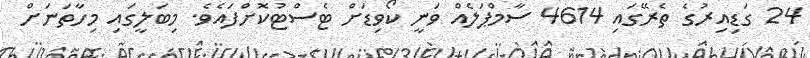
24 ގަޑިއިރުގެ ތެރޭގައި 4614 ސާމްޕަލެއް ވަނީ ކޯވިޑަށް ޓެސްޓުކޮށްފައެވެ. މިބަލީގައި މިހާތަނަށް